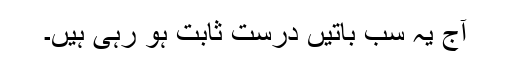
آج یہ سب باتیں درست ثابت ہو رہی ہیں۔